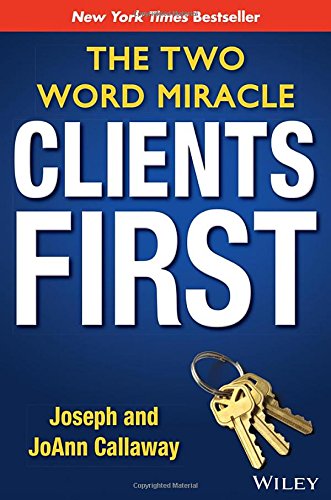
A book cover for Clients First: The Two Word Miracle; Joseph Callaway; Business & Money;